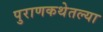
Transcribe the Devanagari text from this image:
पुराणकथेतल्या